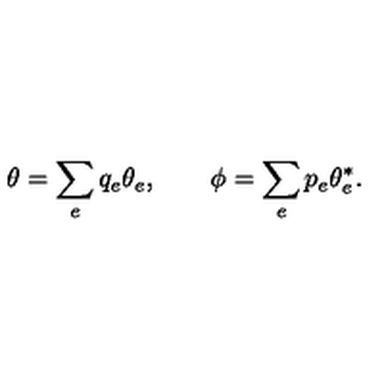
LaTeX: \theta = \sum _ { e } q _ { e } \theta _ { e } , \qquad \phi = \sum _ { e } p _ { e } \theta _ { e } ^ { * } .